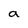
Character: a